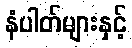
နံပါတ်များနှင့်